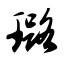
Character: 璐